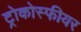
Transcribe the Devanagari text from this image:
ट्रोकोस्फीयर